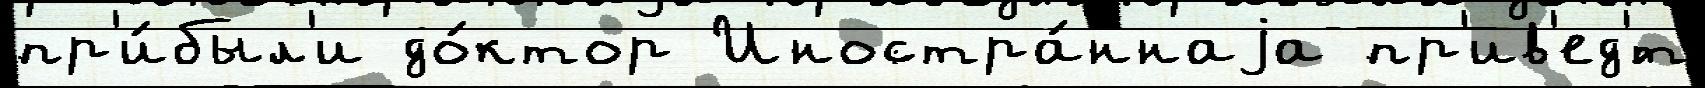
пр'и́был'и до́ктор Иностра́ннаjа пр'ив'ед'́т